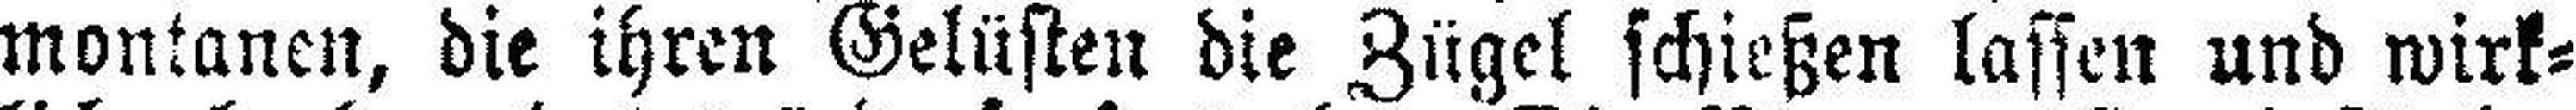
montanen, die ihren Gelüsten die Zügel schießen lassen und wirk¬